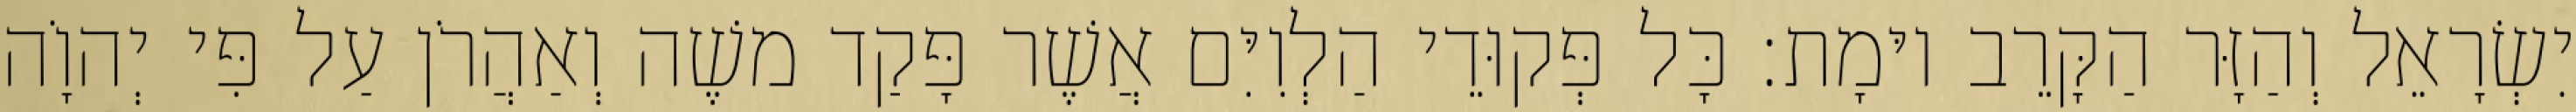
יִשְׂרָאֵל וְהַזָּר הַקָּרֵב יוּמָת׃ כָּל פְּקוּדֵי הַלְוִיִּם אֲשֶׁר פָּקַד משֶׁה וְאַהֲרֹן עַל פִּי יְהוָֹה